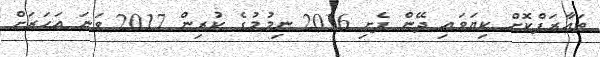
ތައާރަފްކޮށް ކިޔަވައި ދޭން ފެށި 2016 ނިމުމުގެ ކުރިން 2017 ވަނަ އަހަރަށް